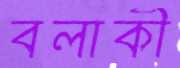
বলাকী